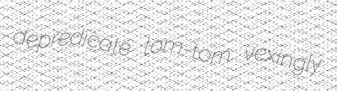
depredicate tom-tom vexingly